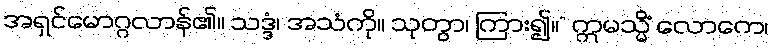
အရှင်မောဂ္ဂလာန်၏။ သဒ္ဒံ၊ အသံကို။ သုတွာ၊ ကြား၍။” ဣမသ္မိံ လောကေ၊